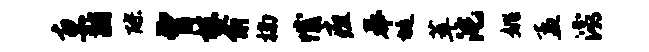
惠黼醪曾株俞楠憾疽奉埏萃沱姚孟灞